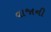
વાજાની